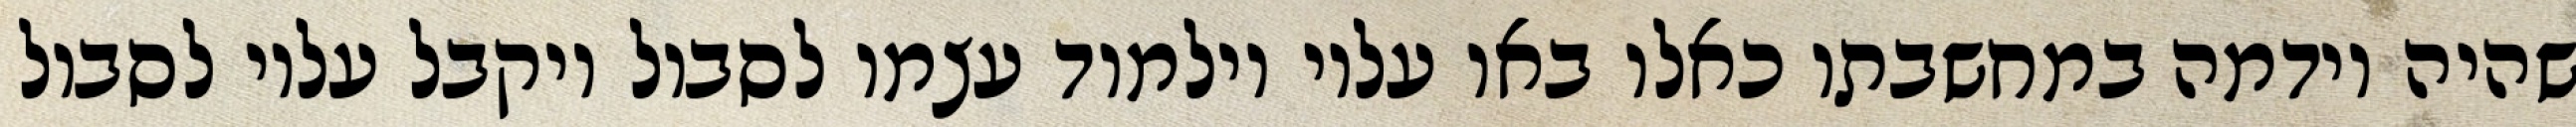
שהיה וידמה במחשבתו כאלו באו עליו וילמוד עצמו לסבול ויקבל עליו לסבול